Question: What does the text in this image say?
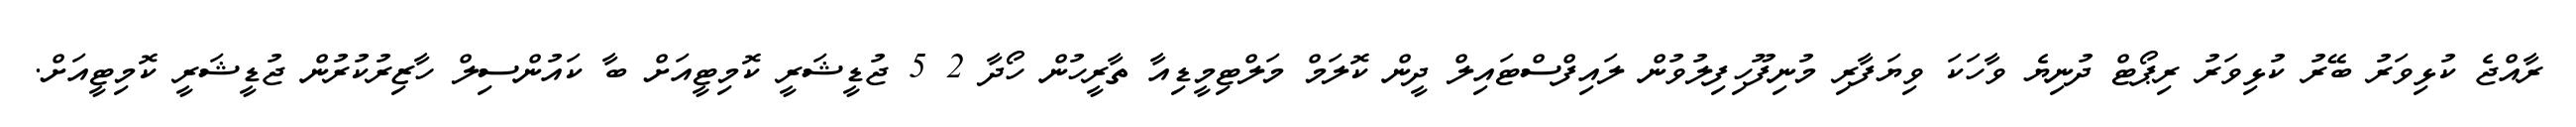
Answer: ރާއްޖެ ކުޅިވަރު ބޭރު ކުޅިވަރު ރިޕޯޓް ދުނިޔެ ވާހަކަ ވިޔަފާރި މުނިފޫހިފިލުވުން ލައިފްސްޓައިލް ދީން ކޮލަމް މަލްޓިމީޑިއާ ތާރީހުން ހޯދާ 2 5 ޖުޑީޝަރީ ކޮމިޓީއަށް ބާ ކައުންސިލް ހާޒިރުކުރުން ޖުޑީޝަރީ ކޮމިޓީއަށް.